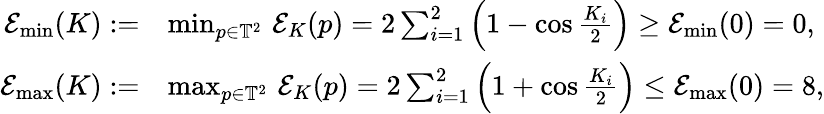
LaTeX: \begin{array}{rl}{{\mathcal E}_{\operatorname*{min}}(K):=}&{\operatorname*{min}_{p\in\mathbb{T}^{2}}\, {\mathcal E}_{K}(p)=2\sum_{i=1}^{2}\Big(1-\cos\frac{K_{i}}2\Big)\geq{\mathcal E}_{\operatorname*{min}}(0)=0,}\\ {{\mathcal E}_{\operatorname*{max}}(K):=}&{\operatorname*{max}_{p\in\mathbb{T}^{2}}\, {\mathcal E}_{K}(p)=2\sum_{i=1}^{2}\Big(1+\cos\frac{K_{i}}2\Big)\leq{\mathcal E}_{\operatorname*{max}}(0)=8,}\end{array}